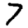
Digit: 7